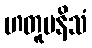
ဟတူပနိသံ